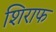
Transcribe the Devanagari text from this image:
शिराफ